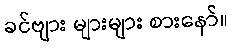
ခင်ဗျား များများ စားနော်။